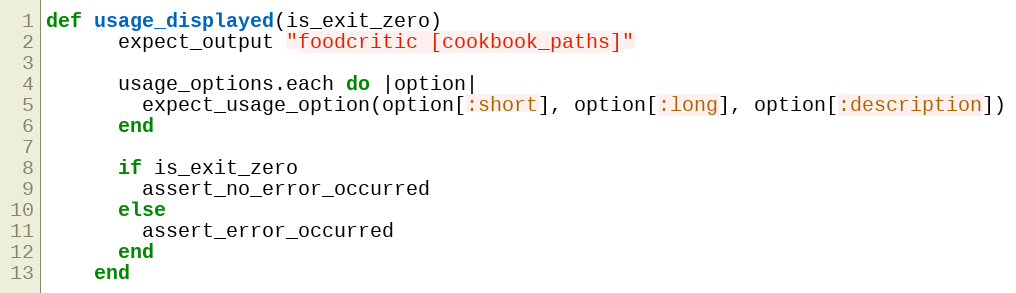
Language: Ruby
def usage_displayed(is_exit_zero)
      expect_output "foodcritic [cookbook_paths]"

      usage_options.each do |option|
        expect_usage_option(option[:short], option[:long], option[:description])
      end

      if is_exit_zero
        assert_no_error_occurred
      else
        assert_error_occurred
      end
    end